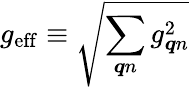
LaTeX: g_{\mathrm{eff}}\equiv\sqrt{\sum_{\boldsymbol{q}n}g_{\boldsymbol{q}n}^{2}}